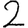
Digit: 2